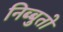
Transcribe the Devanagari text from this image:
निब्बुतो